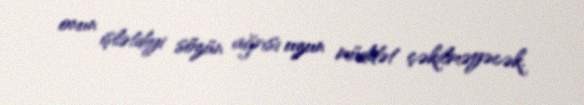
onun işlətdiyi sözün ağrısı uzun müddət çəkilməyəcək.